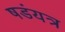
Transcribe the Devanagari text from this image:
षडंयत्र